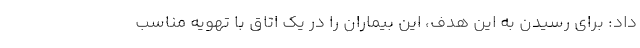
داد: برای رسیدن به این هدف، این بیماران را در یک اتاق با تهویه مناسب